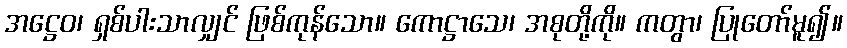
အဋ္ဌေဝ၊ ရှစ်ပါးသာလျှင် ဖြစ်ကုန်သော။ ကောဋ္ဌာသေ၊ အစုတို့ကို။ ကတွာ၊ ပြုတော်မူ၍။